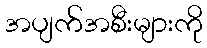
အပျက်အစီးများကို